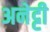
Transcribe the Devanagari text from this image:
अनेट्टी